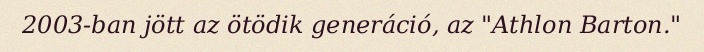
2003-ban jött az ötödik generáció, az "Athlon Barton."